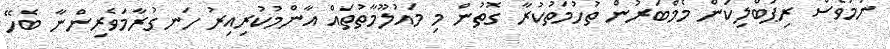
ނަމަވެސް ރިޕަބްލިކަން މެމްބަރުން ތުހުމަތުކުރާ ގޮތުން މި މައުލޫމާތުތައް އާންމުކުރިއިރު ހަނގުރާމަވެރިންނާ ބެހޭ